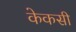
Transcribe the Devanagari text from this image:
केकसी